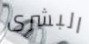
البشرى